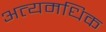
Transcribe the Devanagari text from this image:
अत्यमधिक